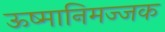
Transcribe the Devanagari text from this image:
ऊष्मानिमज्जक